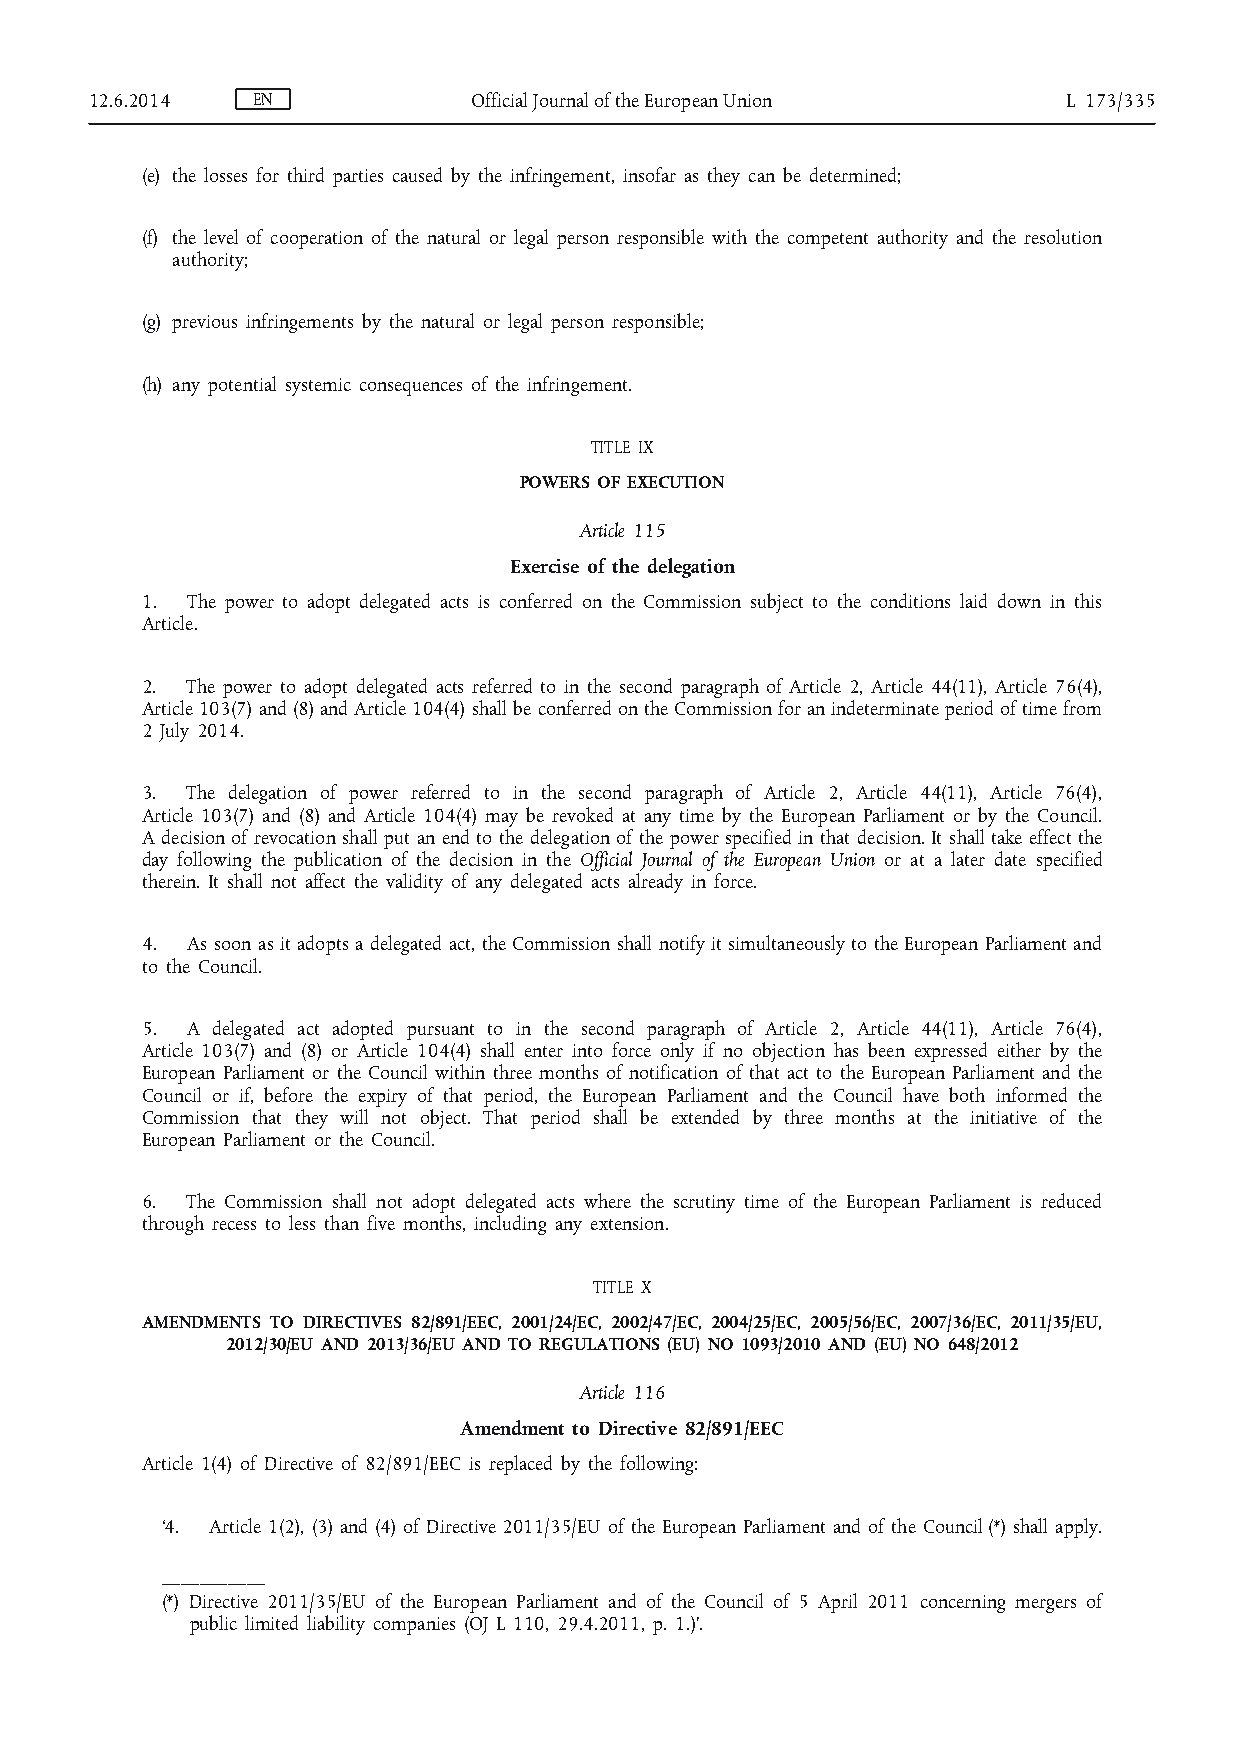
12.6.2014  EN            Official Journal of the European Union  L 173/335
 (e) the losses for third parties caused by the infringement, insofar as they can be determined;
 (f) the level of cooperation of the natural or legal person responsible with the competent authority and the resolution
 authority;
 (g) previous infringements by the natural or legal person responsible;
 (h) any potential systemic consequences of the infringement.
 TITLE IX
 POWERS OF EXECUTION
 Article 115
 Exercise of the delegation
 1. The power to adopt delegated acts is conferred on the Commission subject to the conditions laid down in this
 Article.
 2. The power to adopt delegated acts referred to in the second paragraph of Article 2, Article 44(11), Article 76(4),
 Article 103(7) and (8) and Article 104(4) shall be conferred on the Commission for an indeterminate period of time from
 2 July 2014.
 3. The delegation of power referred to in the second paragraph of Article 2, Article 44(11), Article 76(4),
 Article 103(7) and (8) and Article 104(4) may be revoked at any time by the European Parliament or by the Council.
 A decision of revocation shall put an end to the delegation of the power specified in that decision. It shall take effect the
 day following the publication of the decision in the Official Journal of the European Union or at a later date specified
 therein. It shall not affect the validity of any delegated acts already in force.
 4. As soon as it adopts a delegated act, the Commission shall notify it simultaneously to the European Parliament and
 to the Council.
 5. A delegated act adopted pursuant to in the second paragraph of Article 2, Article 44(11), Article 76(4),
 Article 103(7) and (8) or Article 104(4) shall enter into force only if no objection has been expressed either by the
 European Parliament or the Council within three months of notification of that act to the European Parliament and the
 Council or if, before the expiry of that period, the European Parliament and the Council have both informed the
 Commission that they will not object. That period shall be extended by three months at the initiative of the
 European Parliament or the Council.
 6. The Commission shall not adopt delegated acts where the scrutiny time of the European Parliament is reduced
 through recess to less than five months, including any extension.
 TITLE X
 AMENDMENTS TO DIRECTIVES 82/891/EEC, 2001/24/EC, 2002/47/EC, 2004/25/EC, 2005/56/EC, 2007/36/EC, 2011/35/EU,
 2012/30/EU AND 2013/36/EU AND TO REGULATIONS (EU) NO 1093/2010 AND (EU) NO 648/2012
 Article 116
 Amendment to Directive 82/891/EEC
 Article 1(4) of Directive of 82/891/EEC is replaced by the following:
 ‘4. Article 1(2), (3) and (4) of Directive 2011/35/EU of the European Parliament and of the Council (*) shall apply.
 ___________
 (*) Directive 2011/35/EU of the European Parliament and of the Council of 5 April 2011 concerning mergers of
 public limited liability companies (OJ L 110, 29.4.2011, p. 1.)’.